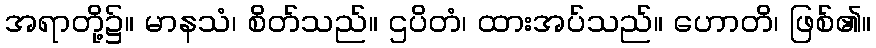
အရာတို့၌။ မာနသံ၊ စိတ်သည်။ ဌပိတံ၊ ထားအပ်သည်။ ဟောတိ၊ ဖြစ်၏။